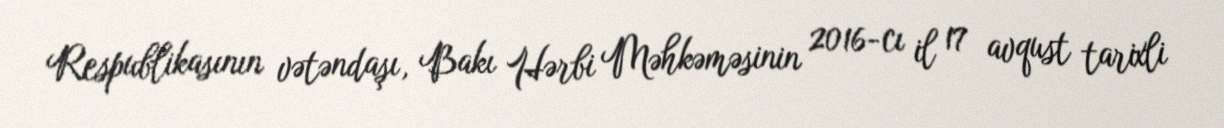
Respublikasının vətəndaşı, Bakı Hərbi Məhkəməsinin 2016-cı il 17 avqust tarixli